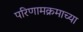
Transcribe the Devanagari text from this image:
परिणामक्रमाच्या